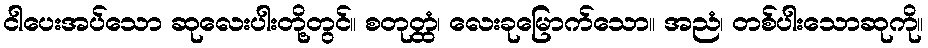
ငါပေးအပ်သော ဆုလေးပါးတို့တွင်။ စတုတ္ထံ၊ လေးခုမြောက်သော။ အညံ၊ တစ်ပါးသောဆုကို။